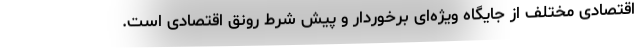
اقتصادی مختلف از جایگاه ویژه‌ای برخوردار و پیش شرط رونق اقتصادی است.